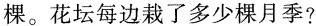
棵。花坛每边栽了多少棵月季?